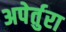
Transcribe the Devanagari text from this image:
अपेर्तुरा